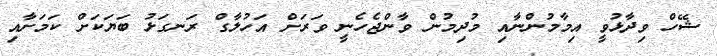
ޝޭހް ވިދާޅުވީ އިމާމުންނާއި މުދިމުން ވާންޖެހެނީ ވަރަށް އަހުލާގް ރަނގަޅު ބަޔަކަށް ކަމަށާއި